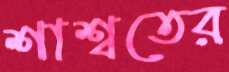
শাশ্বতের